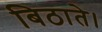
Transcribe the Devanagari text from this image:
बिठाते।